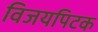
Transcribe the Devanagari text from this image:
विजयपिटक